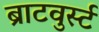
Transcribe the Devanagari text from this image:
ब्राटवुर्स्ट